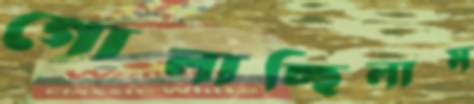
গোলাচ্ছিলাম